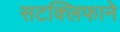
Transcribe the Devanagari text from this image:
सटक्लिफाने